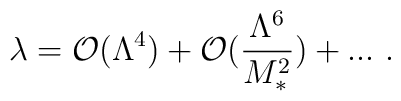
\lambda = {\cal O}(\Lambda^4) + {\cal O}(\frac{\Lambda^6}{M_{*}^2}) +...~ .